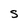
Character: S